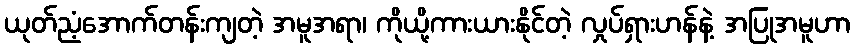
ယုတ်ညံ့အောက်တန်းကျတဲ့ အမူအရာ၊ ကိုယို့ကားယားနိုင်တဲ့ လှုပ်ရှားဟန်နဲ့ အပြုအမူဟာ